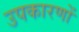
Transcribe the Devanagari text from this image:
उपकारणों